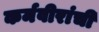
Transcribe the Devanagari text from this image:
कर्मवीरांची